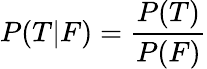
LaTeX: P(T|F)={\frac{P(T)}{P(F)}}